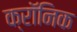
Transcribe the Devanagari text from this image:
क्राॅनिक